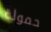
حمولة